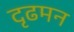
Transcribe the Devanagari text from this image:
दृढमन